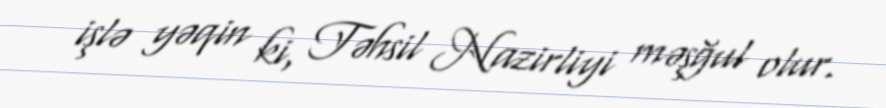
işlə yəqin ki, Təhsil Nazirliyi məşğul olur.